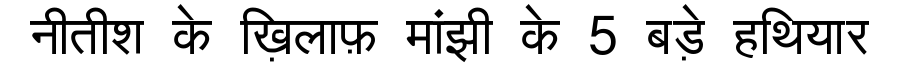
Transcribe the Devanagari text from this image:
नीतीश के ख़िलाफ़ मांझी के 5 बड़े हथियार